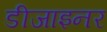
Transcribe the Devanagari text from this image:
डीजाइनर